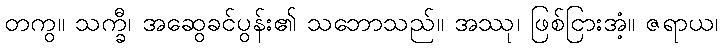
တကွ။ သက္ခီ၊ အဆွေခင်ပွန်း၏ သဘောသည်။ အဿု၊ ဖြစ်ငြားအံ့။ ဇရာယ၊